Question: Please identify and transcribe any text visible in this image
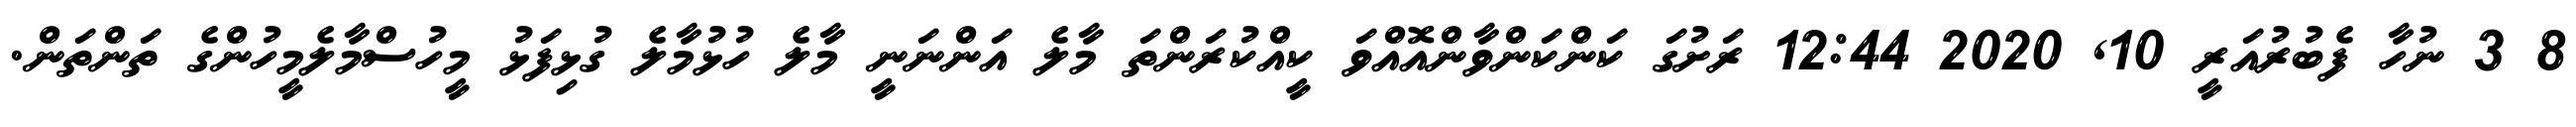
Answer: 8 3 ނުހާ ފެބުރުއަރީ 10, 2020 12:44 ރަށުގަ ކަންކަންވާންއޮއްވަ ކީއްކުރަންތަ މާލެ އަންނަނީ މާލެ ހުޅުމާލެ ގުޅިފަޅު މީހުސްމާލެމީހުންގެ ތަންތަން.